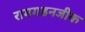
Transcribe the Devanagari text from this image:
रामगडनजीक